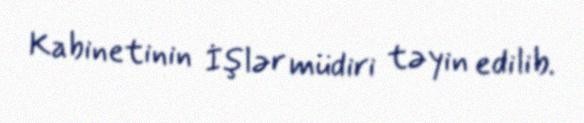
Kabinetinin İşlər müdiri təyin edilib.